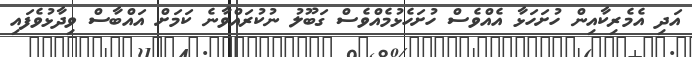
އަދި އެމެރިކާއިން ހުށަހަޅާ އެއްވެސް ހުށަހެޅުމެއްވެސް ގަބޫލު ނުކުރައްވާނެ ކަމަށް އައްބާސް ވިދާޅުވެފައި